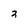
Character: 3